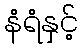
နံရံနှင့်